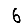
Digit: 6